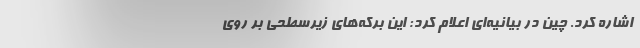
اشاره کرد. چین در بیانیه‌ای اعلام کرد: این برکه‌های زیرسطحی بر روی